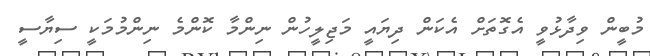
މުބީން ވިދާޅުވީ އެގޮތަށް އެކަން ދިޔައީ މަޖިލީހުން ނިންމާ ކޮންމެ ނިންމުމަކީ ސިޔާސީ